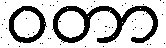
ဝတာ